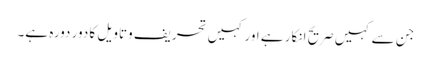
جن سے کہیں صریح انکار ہے اور کہیں تحریف وتاویل کا دور دورہ ہے۔